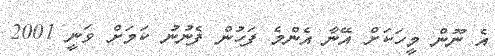
އެ ނޫން މީހަކަށް އޭނާ އެންމެ ފަހުން ފެނުނު ކަމަށް ވަނީ 2001